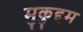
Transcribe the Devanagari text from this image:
मुकुद्दम